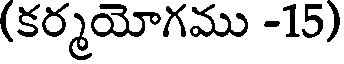
(కర్మయోగము -15)